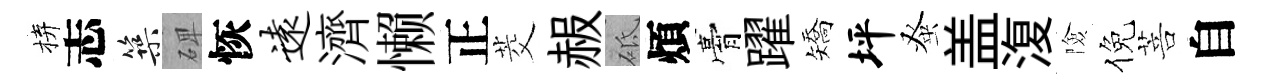
拚志築𥓓恢远濟懒正茭赧砥煩膏躍矯坪𫊫盖𣸪險倪菩自